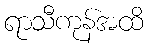
ရာသီကုန်အထိ